Plague in India, 1896, 1897 - Volume 2
Year: 1896
Disease focus: Plague
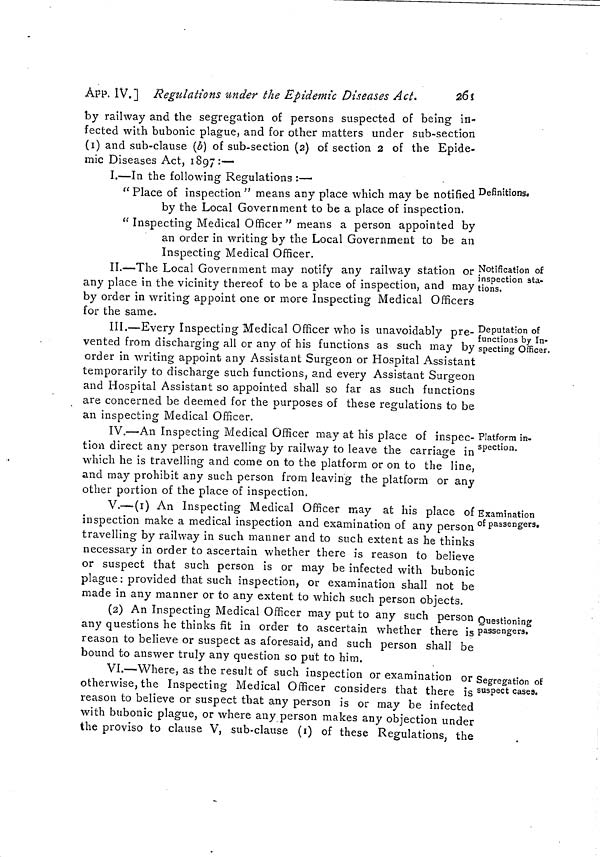
26 1
APP. ÎV.] Regulations under the Epidemic Diseases Act.
by railway and the segregation of persons suspected of being in-
fected with bubonic plague, and for other matters under sub-section
(1) and sub-clause (b) of sub-section (2) of section 2 of the Epide-
mic Diseases Act, 1897:—
I.—In the following Regulations :-—
Definitions«
" Place of inspection " means any place which may be notified
by the Local Government to be a place of inspection.
" Inspecting Medical Officer " means a person appointed by
an order in writing by the Local Government to be an
Inspecting Medical Officer.
Notification of
inspection sta-
tions.
II.—The Local Government may notify any railway station or
any place in the vicinity thereof to be a place of inspection, and may
by order in writing appoint one or more Inspecting Medical Officers
for the same.
Deputation of
functions by In-
specting Officer.
III.—Every Inspecting Medical Officer who is unavoidably pre-
vented from discharging all or any of his functions as such may by
order in writing appoint any Assistant Surgeon or Hospital Assistant
temporarily to discharge such functions, and every Assistant Surgeon
and Hospital Assistant so appointed shall so far as such functions
are concerned be deemed for the purposes of these regulations to be
an inspecting Medical Officer.
Platform in-
spection.
IV.—An Inspecting Medical Officer may at his place of inspec-
tion direct any person travelling by railway to leave the carriage in
which he is travelling and come on to the platform or on to the line,
and may prohibit any such person from leaving the platform or any
other portion of the place of inspection.
Examination
oí passengers.
4.
*
i
V.—-(1) An Inspecting Medical Officer may at his place of
inspection make a medical inspection and examination of any person
travelling by railway in such manner and to such extent as he thinks
necessary in order to ascertain whether there is reason to believe
or suspect that such person is or may be infected with bubonic
plague : provided that such inspection, or examination shall not be
made in any manner or to any extent to which such person objects.
Questioning
passengers.
(2) An Inspecting Medical Officer may put to any such person
any questions he thinks fit in order to ascertain whether there is
reason to believe or suspect as aforesaid, and such person shall be
bound to answer truly any question so put to him.
Segregation of
suspect cáses.
VI.—Where, as the result of such inspection or examination or ¡
otherwise, the Inspecting Medical Officer considers that there is
reason to believe or suspect that any person is or may be infected
with bubonic plague, or where any person makes any objection under
the proviso to clause V, sub-clause (1) of these Regulations, the